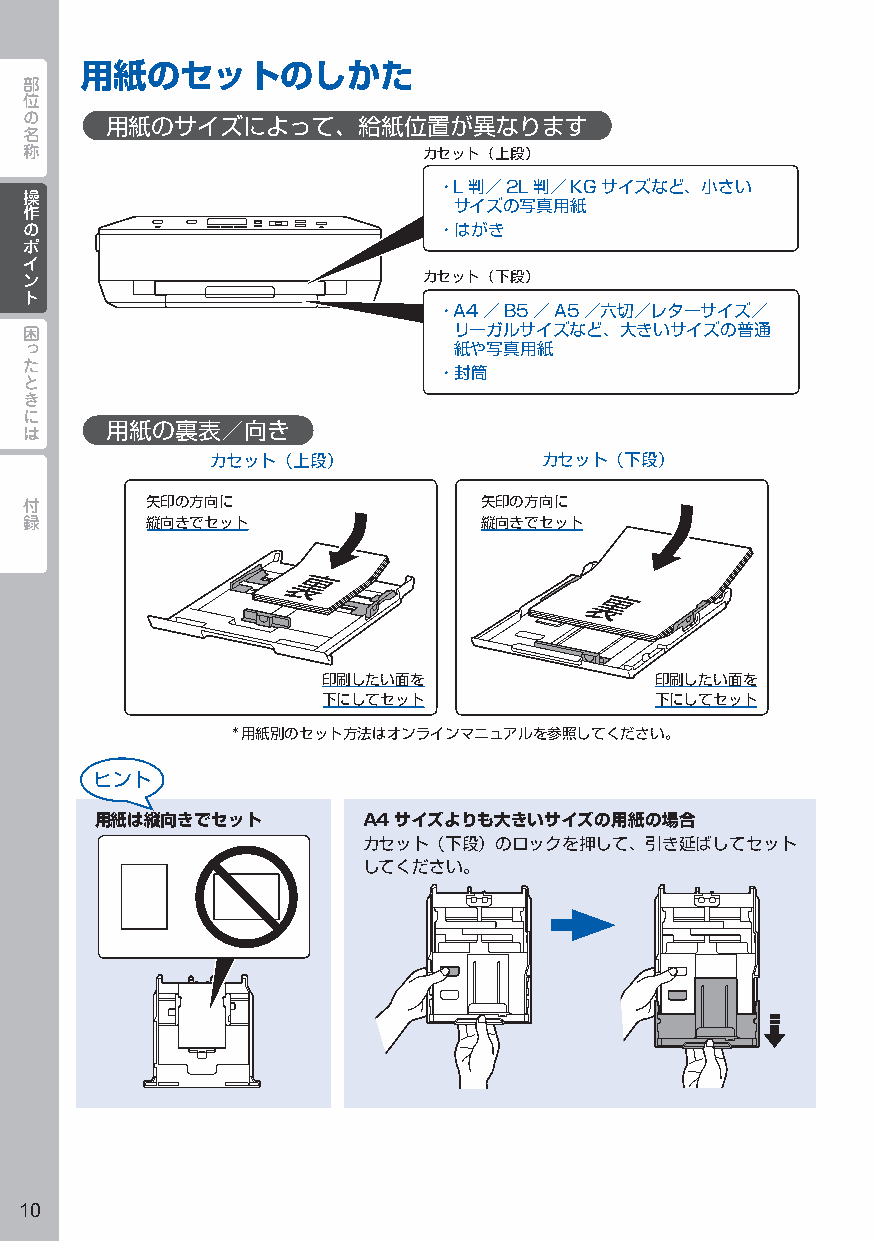
用紙のセットのしかた
 部
 位
 の
 用紙のサイズによって、給紙位置が異なります
 名
 称
 カセット（上段）
 ・L判／2L判／KGサイズなど、小さい
 操操
 作作                           サイズの写真用紙
 のの                          ・はがき
 ポポ
 イイ
 ンン                         カセット（下段）
 トト
 ・A4／B5／A5／六切／レターサイズ／
 困                            リーガルサイズなど、大きいサイズの普通
 っ                            紙や写真用紙
 た
 ・封筒
 と
 き
 に
 は     用紙の裏表／向き
 カセット（上段）              カセット（下段）
 付        矢印の方向に                矢印の方向に
 録        縦向きでセット               縦向きでセット
 印刷したい面を               印刷したい面を
 下にしてセット               下にしてセット
 *用紙別のセット方法はオンラインマニュアルを参照してください。
 用紙は縦向きでセット        A4サイズよりも大きいサイズの用紙の場合
 カセット（下段）のロックを押して、引き延ばしてセット
 してください。
 10